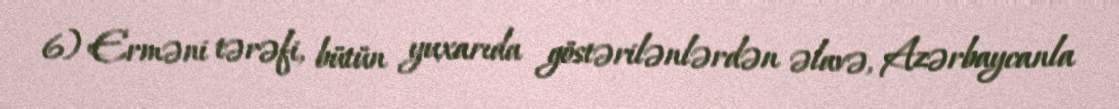
6) Erməni tərəfi, bütün yuxarıda göstərilənlərdən əlavə, Azərbaycanla